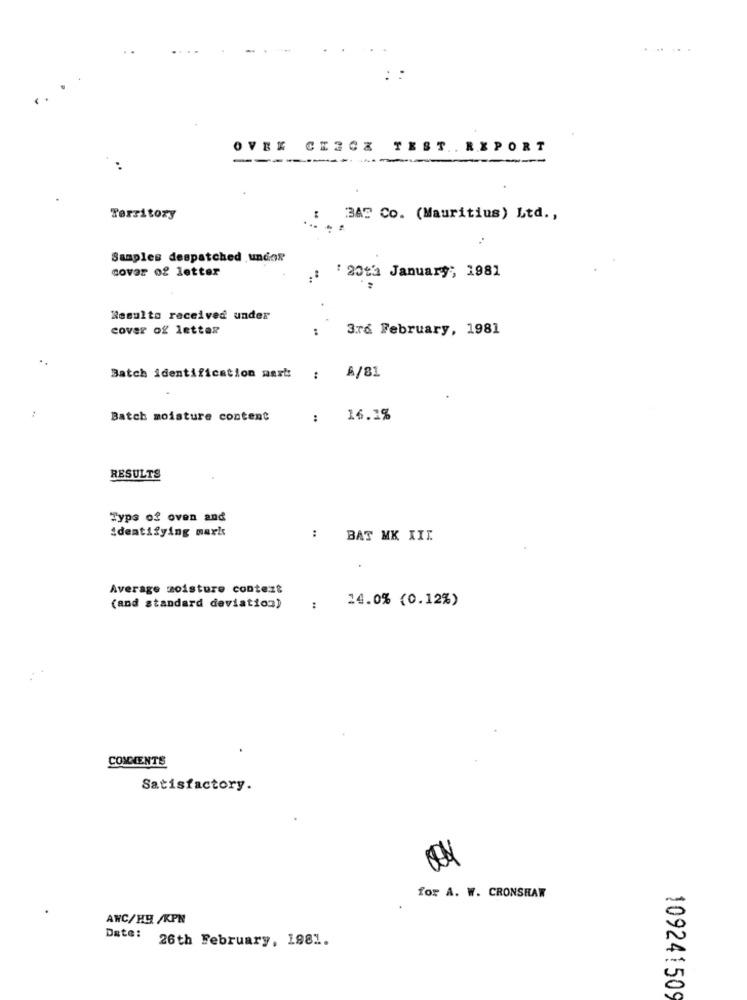
OVEK CESCZ TEST. REPORT
-
Territory
3AT Co. (Mauritius) Ltd .,
Samples despatched undor
cover of letter
:20th January; 1981
Results received under
cover of letter
3rd February, 1981
Batch identification mask:
:
A/81
Batch moisture content
16.2%
RESULTS
Typs of oven and
identifying mark
:
BAT MK III
Average moisture content
14.0% (0.12%)
(and standard deviation)
:
COMMENTS
Satisfactory.
for A. W. CRONSHAW
AWC/H9 /KPN
Date:
26th February, 1881.
109241509